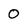
Character: 0